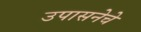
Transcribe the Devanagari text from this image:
उपासनेचे